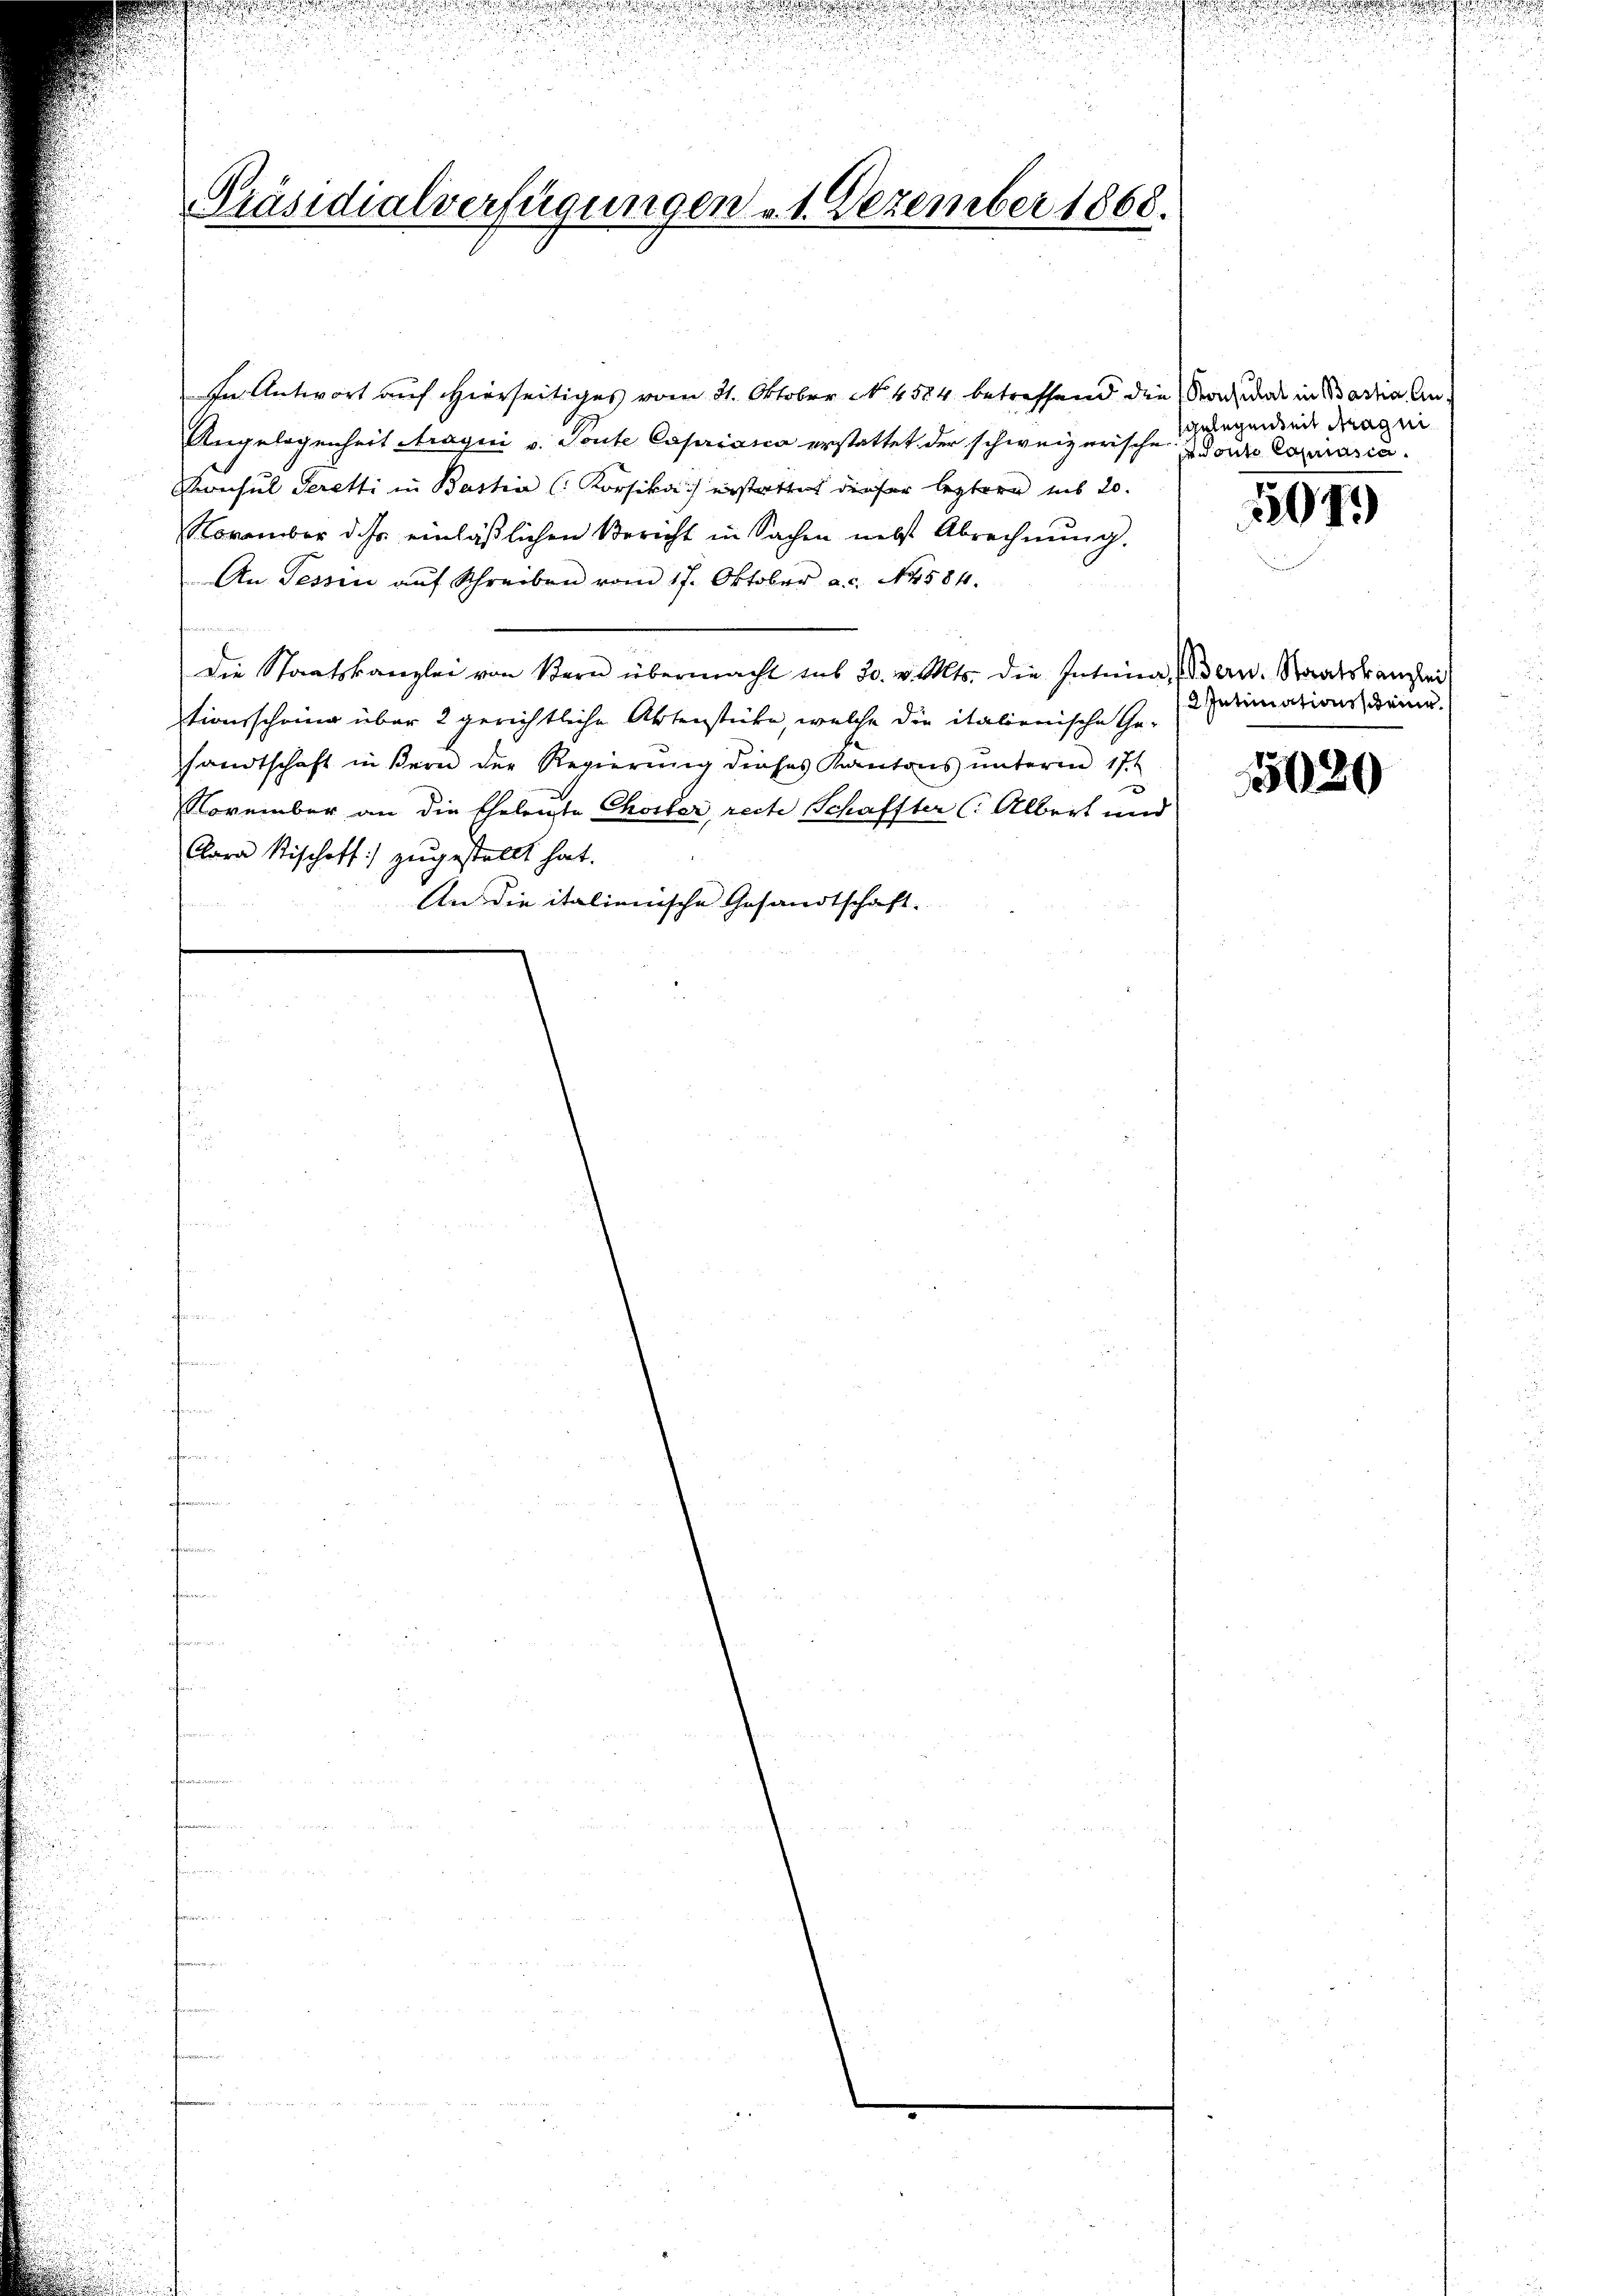
u

u

Präsidialverfügungen v. 1. Dezember 1868.

In Antwort auf Hierseitiges vom 21. Oktober N. 4584 betreffend die Nachmal in Badia An
Angelegenheit Aragni v. Toute Capriasca erstattet der schweizerischen Worte Copiasca.
Konsul Seretti in Bastia (Korsika) erstattet dieser leztern mit 20.
November dass einläßlichen Bericht in Sachen nebst Abrechnŭng.
An Tessin aŭf Schreiben vom 17. Oktober a.c. 14584.
Die Staatskanzlei von Bern übermacht sub 30. v. Mts. die Intima, Bern. Staatskanzlei
tionsschring über 2 gerichtliche Aktenstücke, welche die italienische Ge-
sandtschaft in Bern der Regierung dieses Kantons ŭnterm 17t
November an die Eheleute Chorher, recte Schaffter (: Albert und
Clara Tischoff zugestellt hat.
An die italienische Gesandtschaft.
n

gelegenheit Fragen

401.

2 Intrinationsscheine.

5020